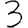
Digit: 3